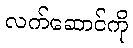
လက်ဆောင်ကို